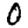
Digit: 0